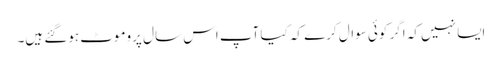
ایسا نہیں کہ اگر کوئی سوال کرے کہ کیا آپ اس سال پروموٹ ہوگئے ہیں۔